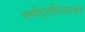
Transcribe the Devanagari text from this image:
स्पोर्ट्सवेअरशी